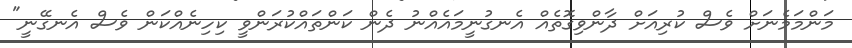
މަންމަމެނަށް ވެސް ކުރިއަށް ދާންވިގޮތެއް އެނގުނީމައެއްނު ދެން ކަންތައްކުރަންވީ ކިހިނެއްކަން ވެސް އެނގޭނީ"